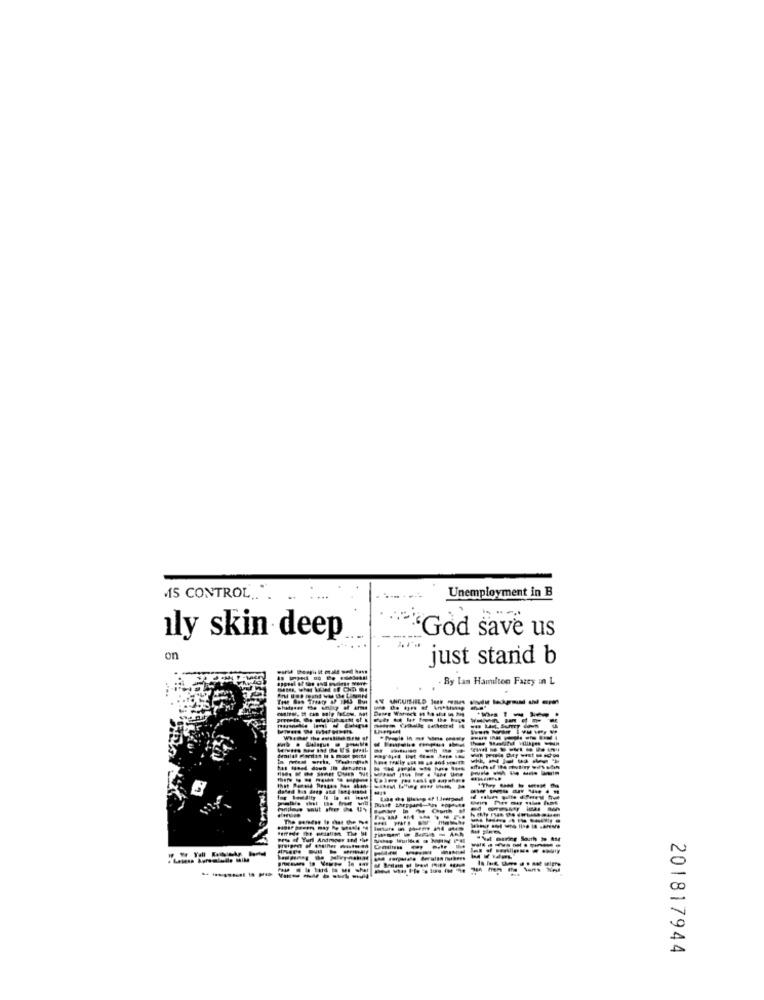
MS CONTROL ..
Unemployment in B
'God save us
ly skin deep
on
just stand b
By lan Hamilton Fatty in L
-----
- ---
--
-------
-----.
They OM
--
Andraper 15d 'let
-----
-----
201817944